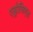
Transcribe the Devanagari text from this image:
एड्रोफिएड